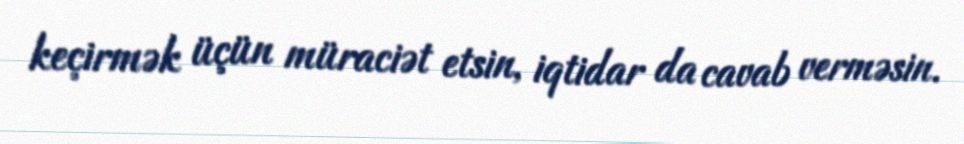
keçirmək üçün müraciət etsin, iqtidar da cavab verməsin.